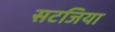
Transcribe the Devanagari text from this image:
सटजिया